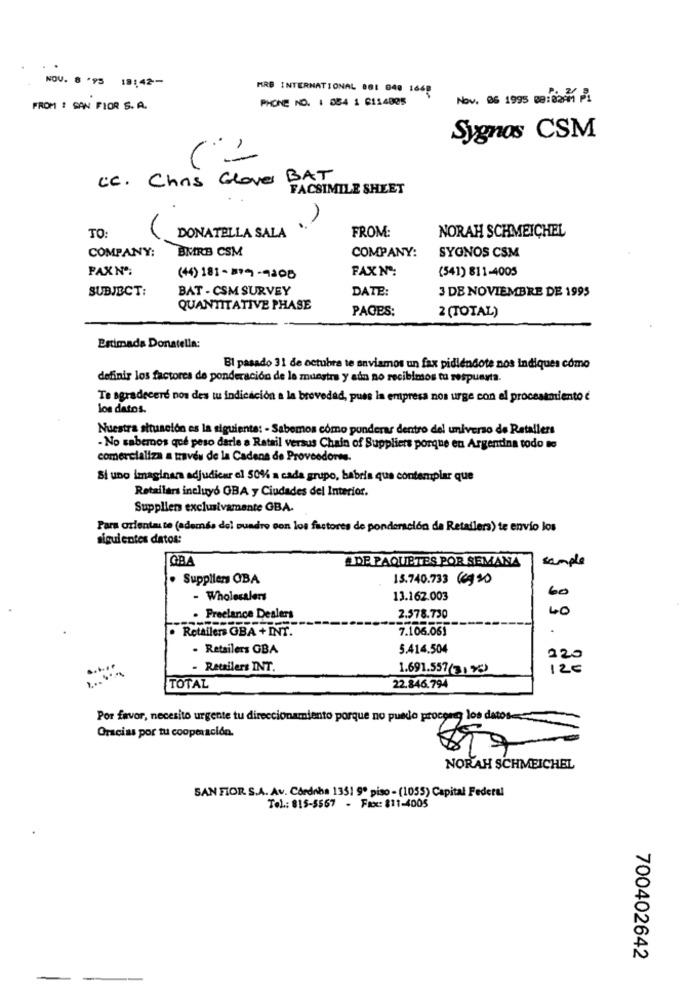
NOV. 8 .95 18:42-
MRB INTERNATIONAL 861 040 1668
PHONE NO. 1 084 1 6114005
Nov. 06 1995 88:8291 21
FROM : SAN FIOR S. A.
Sygnos CSM
(2
cc. Chris Glove BAT
FACSIMILE SHEET
FROM:
NORAH SCHMEICHEL
TO:
DONATELLA SALA
COMPANY:
BMRB CSM
COMPANY:
SYONOS CSM
PAXNO:
FAXN:
(541) 811-4005
(44) 181- 819-9208
SUBJECT:
BAT - CSM SURVEY
DATE:
3 DE NOVIEMBRE DE 1995
QUANTITATIVE PHASE
PAGES:
2 (TOTAL)
Estimada Donatella:
Bl pasado 31 de octubre te enviamos un fax pidiéndote nos indiques cómo
definir los factores de ponderación de le muestra y aún no recibimos tu respuesta
Te agradeceré nos des tu indicación a la brevedad, pues la empresa nos urge con al procesamiento ć
los datos.
Nuestra situación es la siguiente: - Sabemos cómo punderar dentro del universo de Retailers
- No sabemos que peso darle a Retail versus Chain of Suppliers porque en Argentina todo to
comercializa a través de la Cadena de Proveedores.
Si uno imaginana adjudicar el 50% a cada grupo, habría que contemplar que
Retailers incluyo OBA y Ciudades del Interior.
Supplien exclusivamente GBA.
Para orientaste (además del quadro con los factores de ponderación de Retailers) te envío los
siguientes datos:
GBA
A DE PAQUETES POR SEMANA
sample
· Suppliers OBA
15.740.733 (6920
60
- Wholesalers
13.162.003
40
. Freelance Dealers
2.578.730
· Retailers GBA + INT.
7.106.061
. Retailers GBA
5.414.504
220
- Retailers INT.
1.691.557(31%)
12€
TOTAL
22.846.794
Por favor, necesito urgente tu direccionamiento porque no puedo proconeg los datos-
Gracias por tu cooperación.
NORAH SCHMEICHEL
SAN FIOR S.A. Av. Córdoba 1351 9º piso - (1055) Capital Federal
Tel .: 815-5567 - Fax: 811-4005
700402642
-